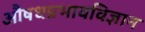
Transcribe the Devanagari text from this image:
औषधप्रभावविज्ञान